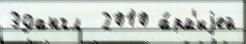
39англ  2010 а́рм'иjей